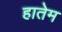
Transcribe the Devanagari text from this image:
हातेम